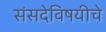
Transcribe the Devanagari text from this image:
संसदेविषयीचे